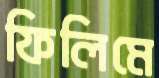
ফিলিমে